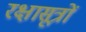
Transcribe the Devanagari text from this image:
रक्षासूत्रों